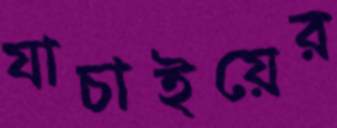
যাচাইয়ের